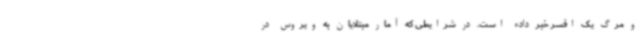
و مرگ یک افسر خبر داده است. در شرایطی که آمار مبتلایان به ویروس در